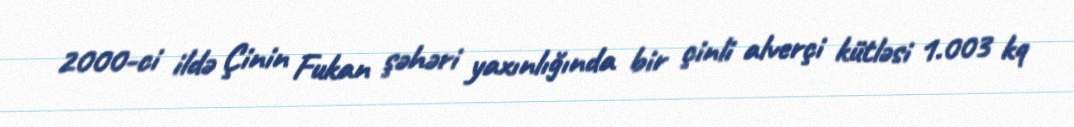
2000-ci ildə Çinin Fukan şəhəri yaxınlığında bir çinli alverçi kütləsi 1.003 kq